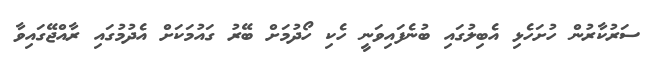
ސަރުކާރުން ހުށަހެޅި އެބިލުގައި ބުނެފައިވަނީ ހެކި ހޯދުމަށް ބޭރު ގައުމަކަށް އެދުމުގައި ރާއްޖޭގައިވާ